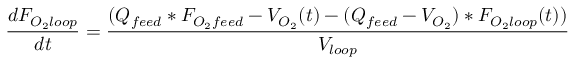
{ \frac { d F _ { O _ { 2 } l o o p } } { d t } } = { \frac { ( Q _ { f e e d } * F _ { O _ { 2 } f e e d } - V _ { O _ { 2 } } ( t ) - ( Q _ { f e e d } - V _ { O _ { 2 } } ) * F _ { O _ { 2 } l o o p } ( t ) ) } { V _ { l o o p } } }